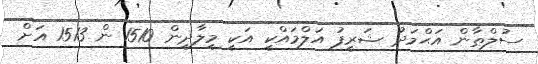
ސުލްޠާން އަޙްމަދު ޝަރީފު އަލްމައްކީ އަކީ މީލާދީން 1510 ން 1513 އަށް